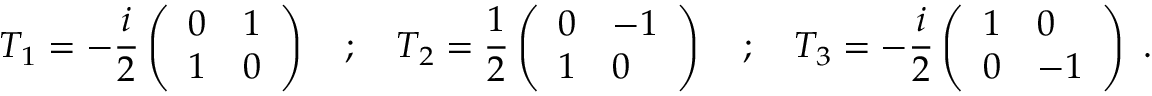
T _ { 1 } = - { \frac { i } { 2 } } \left( \begin{array} { l l } { { 0 } } & { { 1 } } \\ { { 1 } } & { { 0 } } \end{array} \right) ~ ~ ~ ; ~ ~ ~ T _ { 2 } = { \frac { 1 } { 2 } } \left( \begin{array} { l l } { { 0 } } & { { - 1 } } \\ { { 1 } } & { { 0 } } \end{array} \right) ~ ~ ~ ; ~ ~ ~ T _ { 3 } = - { \frac { i } { 2 } } \left( \begin{array} { l l } { { 1 } } & { { 0 } } \\ { { 0 } } & { { - 1 } } \end{array} \right) \ .